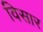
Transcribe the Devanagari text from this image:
विसार